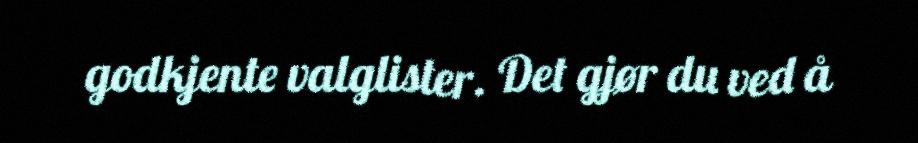
godkjente valglister. Det gjør du ved å